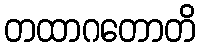
တထာဂတောတိ